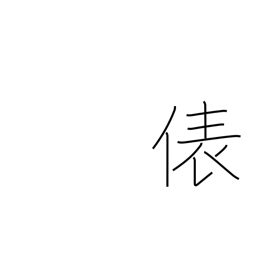
Meaning: counter for bags